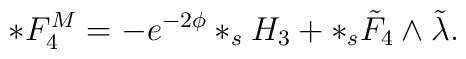
*F_4^M = - e^{-2\phi} *_s H_3 + *_s \tilde F_4 \wedge \tilde \lambda.